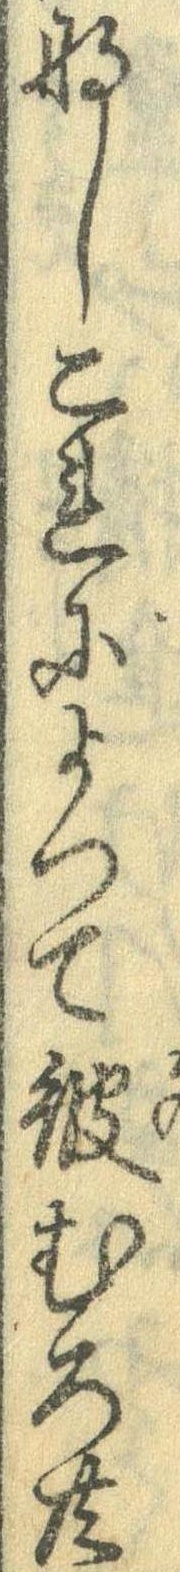
なしこれによって彼むろ共